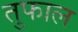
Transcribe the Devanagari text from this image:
तुफाल